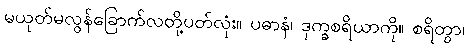
မယုတ်မလွန်ခြောက်လတို့ပတ်လုံး။ ပဓာနံ၊ ဒုက္ခစရိယာကို။ စရိတွာ၊